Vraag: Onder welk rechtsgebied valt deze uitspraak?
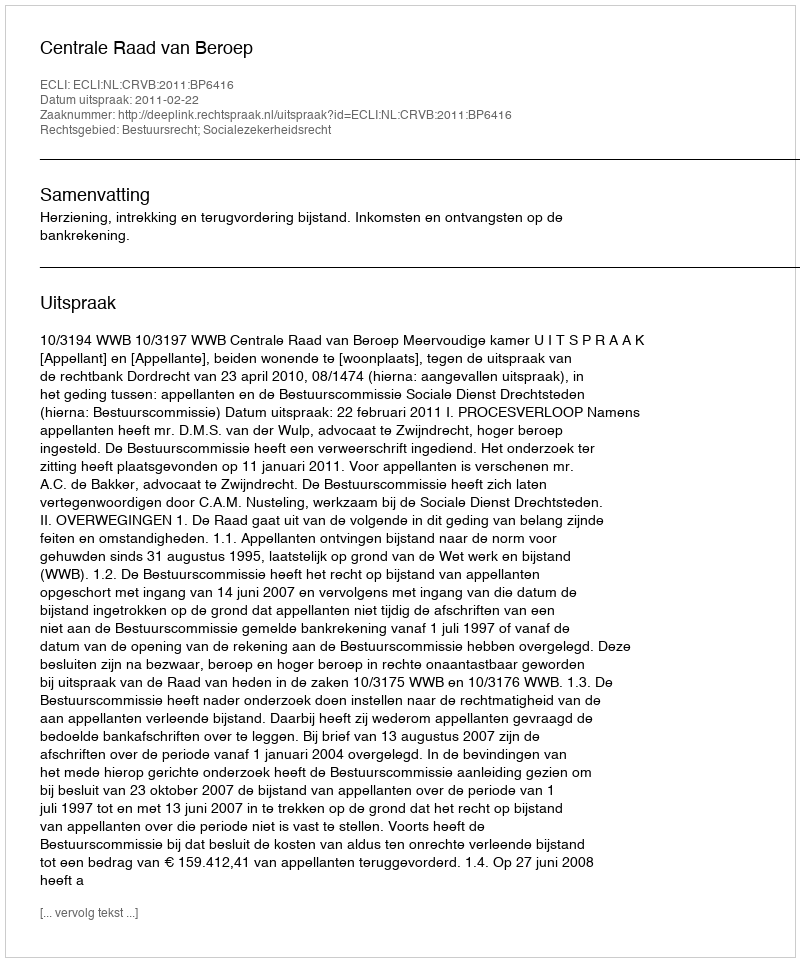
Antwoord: Bestuursrecht; Socialezekerheidsrecht